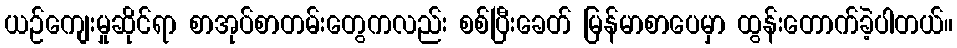
ယဉ်ကျေးမှုဆိုင်ရာ စာအုပ်စာတမ်းတွေကလည်း စစ်ပြီးခေတ် မြန်မာစာပေမှာ ထွန်းတောက်ခဲ့ပါတယ်။